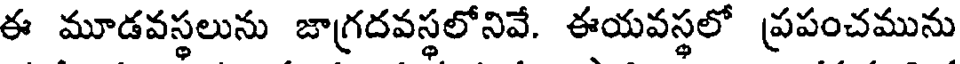
ఈ మూడవస్థలును జాగ్రదవస్థలోనివే. ఈయవస్థలో ప్రపంచమును